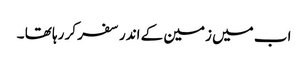
اب میں زمین کے اندر سفر کر رہا تھا ۔